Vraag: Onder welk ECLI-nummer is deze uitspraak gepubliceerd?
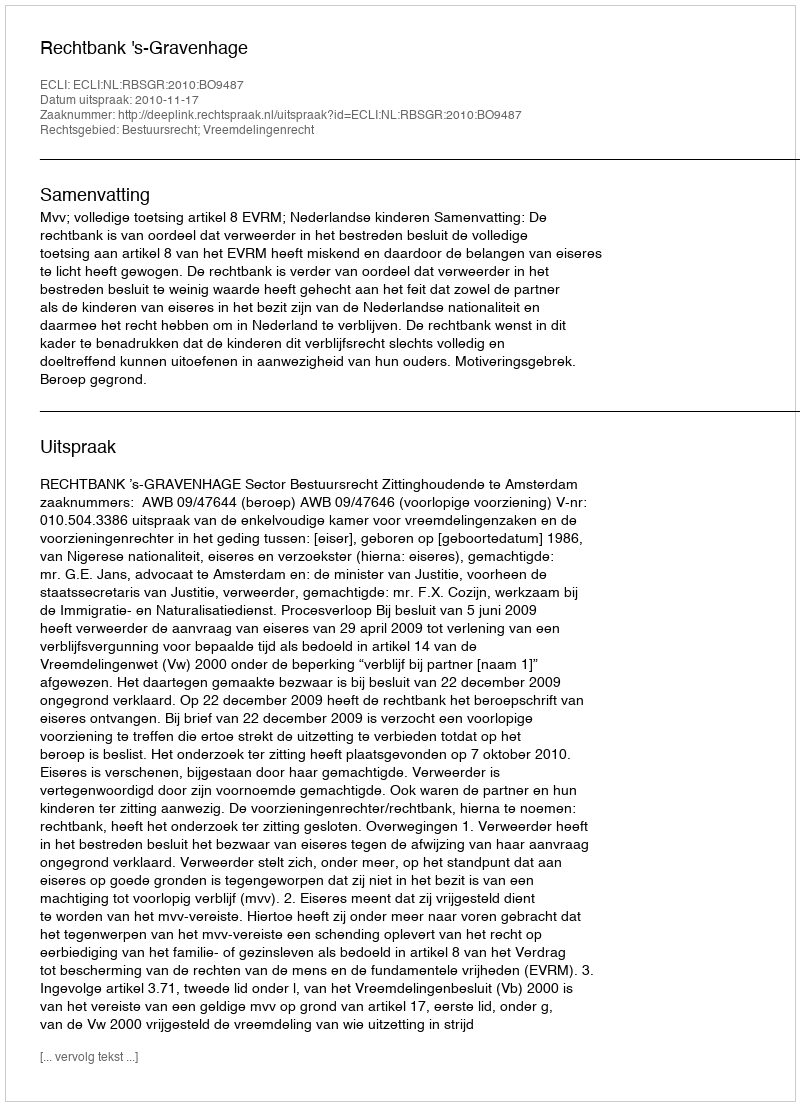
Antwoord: ECLI:NL:RBSGR:2010:BO9487